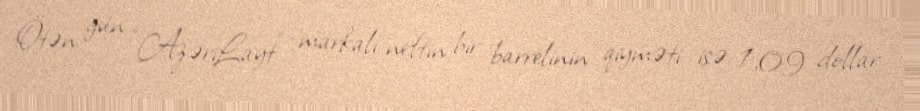
Ötən gün “AzəriLayt” markalı neftin bir barrelinin qiyməti isə 1,09 dollar